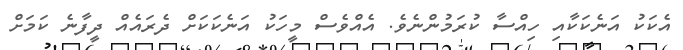
އެކަކު އަނެކަކާއި ހިއްސާ ކުރަމުންނެވެ. އެއްވެސް މީހަކު އަނެކަކަށް ދެރައެއް ދީފާނެ ކަމަށް